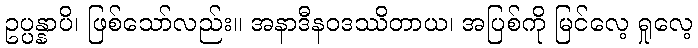
ဥပ္ပန္နာပိ၊ ဖြစ်သော်လည်း။ အနာဒီနဝဒဿိတာယ၊ အပြစ်ကို မြင်လေ့ ရှုလေ့